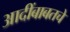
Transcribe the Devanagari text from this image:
आदींबाबतचे